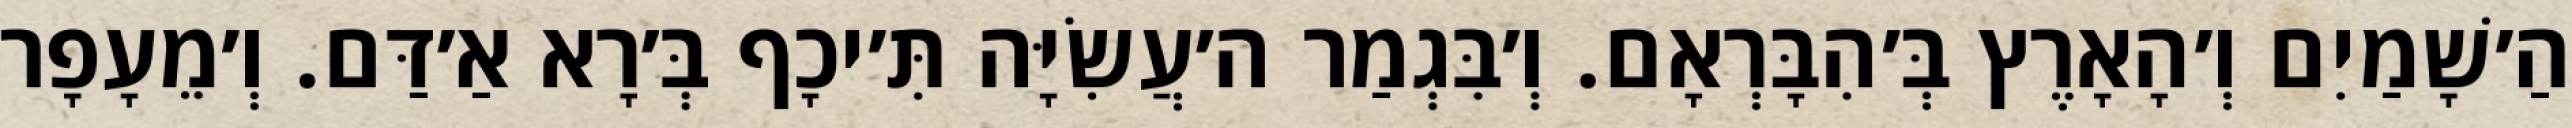
הַ׳שָׁמַיִם וְ׳הָאָרֶץ בְּ׳הִבָּרְאָם. וְ׳בִּגְמַר ה׳עֲשִׂיָּה תִּ׳יכָף בְּ׳רָא אַ׳דַּם. וְ׳מֵעָפָר